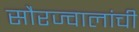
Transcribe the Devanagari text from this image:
सौरज्वालांची